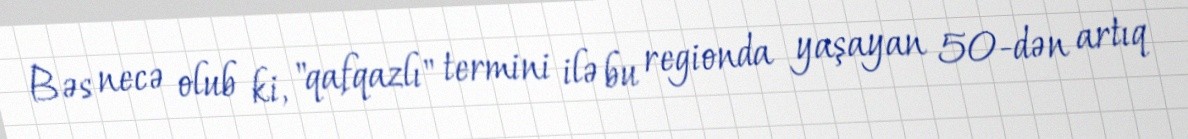
Bəs necə olub ki, "qafqazlı" termini ilə bu regionda yaşayan 50-dən artıq